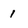
Character: i